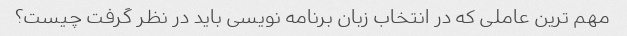
مهم ترین عاملی که در انتخاب زبان برنامه نویسی باید در نظر گرفت چیست؟